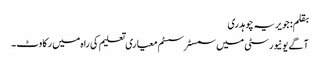
بقلم: جویریہ چوہدری
آگے یونیورسٹی میں سمسٹر سسٹم معیاری تعلیم کی راہ میں رکاوٹ۔